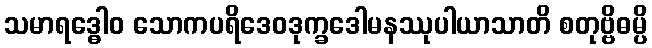
သမာရဒ္ဓေါဝ သောကပရိဒေဝဒုက္ခဒေါမနဿုပါယာသာတိ စတုဗ္ဗိဓမ္ပိ